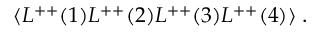
\langle L ^ { + + } ( 1 ) L ^ { + + } ( 2 ) L ^ { + + } ( 3 ) L ^ { + + } ( 4 ) \rangle \; .